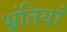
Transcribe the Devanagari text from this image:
भ्रंतियां